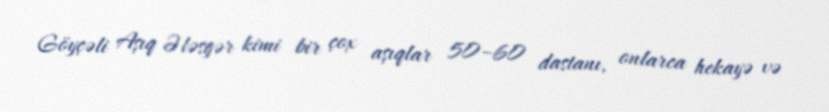
Göyçəli Aşıq Ələsgər kimi bir çox aşıqlar 50–60 dastanı, onlarca hekayə və